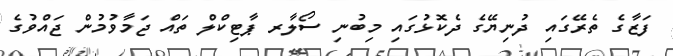
ފަޒާގެ ތެރޭގައި ދުނިޔޭގެ ދެކޮޅުގައި މިބުނި ސޯލާރ ޕާޓިކްލް ތައް ޖަމާވުމުން ޖައްވުގެ